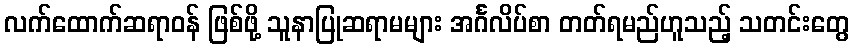
လက်ထောက်ဆရာဝန် ဖြစ်ဖို့ သူနာပြုဆရာမများ အင်္ဂလိပ်စာ တတ်ရမည်ဟူသည့် သတင်းတွေ